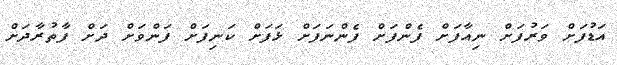
އަޑުފަށް ވަރުފަށް ނިއާފަށް ފެންފަށް ފެންނަފަށް ޅަފަށް ކަނިފަށް ފަންވަށް ދަށް ފާތުރާދަށް